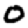
Digit: 0